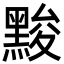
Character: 黢